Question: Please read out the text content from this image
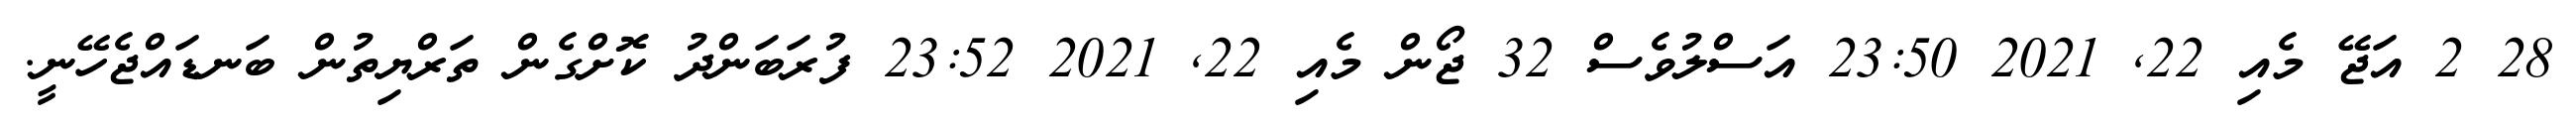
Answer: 28 2 އަޖޭ މެއި 22, 2021 23:50 އަސްލުވެސް 32 ޖޯން މެއި 22, 2021 23:52 ފުރަބަންދު ކޮށްގެން ތަރްޔިތުން ބަނޑައްޖެހޭނީ.